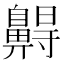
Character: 𪖭